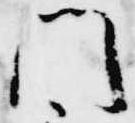
門